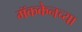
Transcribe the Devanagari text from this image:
मॅककेनच्या